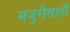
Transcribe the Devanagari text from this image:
मजुरीसाठी